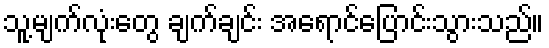
သူ့မျက်လုံးတွေ ချက်ချင်း အရောင်ပြောင်းသွားသည်။